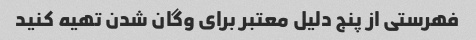
فهرستی از پنج دلیل معتبر برای وگان شدن تهیه کنید